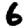
Digit: 6